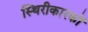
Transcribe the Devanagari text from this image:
स्थिरीकारकों